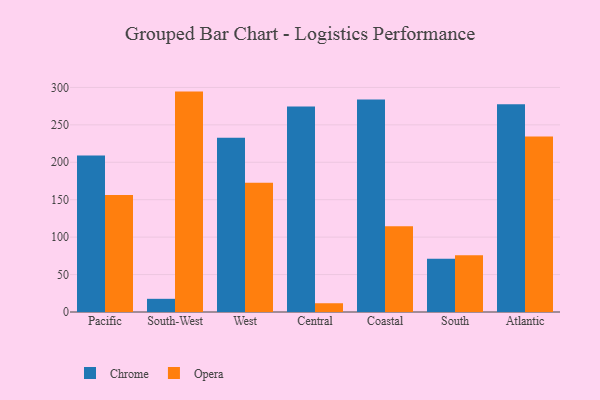
{"axis": {"x": "Region", "y": "Budget (USD K)"}, "legend": ["Chrome", "Opera"], "data": [{"x": "Pacific", "y": 209.0, "type": "Chrome"}, {"x": "Pacific", "y": 156.4, "type": "Opera"}, {"x": "South-West", "y": 17.6, "type": "Chrome"}, {"x": "South-West", "y": 294.4, "type": "Opera"}, {"x": "West", "y": 232.9, "type": "Chrome"}, {"x": "West", "y": 172.7, "type": "Opera"}, {"x": "Central", "y": 274.4, "type": "Chrome"}, {"x": "Central", "y": 11.7, "type": "Opera"}, {"x": "Coastal", "y": 283.7, "type": "Chrome"}, {"x": "Coastal", "y": 114.4, "type": "Opera"}, {"x": "South", "y": 71.2, "type": "Chrome"}, {"x": "South", "y": 75.8, "type": "Opera"}, {"x": "Atlantic", "y": 277.4, "type": "Chrome"}, {"x": "Atlantic", "y": 234.4, "type": "Opera"}]}